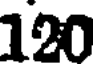
120